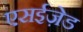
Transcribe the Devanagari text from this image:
एसईज़ेड